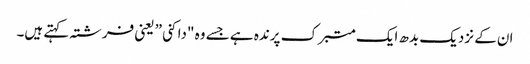
ان کے نزدیک بدھ ایک متبرک پرندہ ہے جسے وہ "داکنی” یعنی فرشتہ کہتے ہیں۔